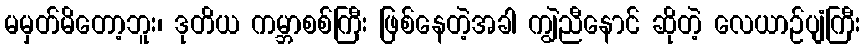
မမှတ်မိတော့ဘူး၊ ဒုတိယ ကမ္ဘာစစ်ကြီး ဖြစ်နေတဲ့အခါ ကျွဲညီနောင် ဆိုတဲ့ လေယာဉ်ပျံကြီး